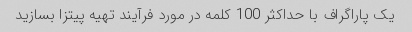
یک پاراگراف با حداکثر 100 کلمه در مورد فرآیند تهیه پیتزا بسازید